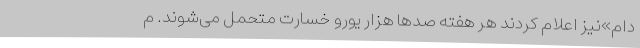
دام»نیز اعلام کردند هر هفته صدها هزار یورو خسارت متحمل می‌شوند. م